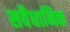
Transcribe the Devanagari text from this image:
सवैधानिक